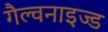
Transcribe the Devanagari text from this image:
गैल्वनाइज्ड